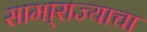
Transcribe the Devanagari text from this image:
सामा्राज्याचा